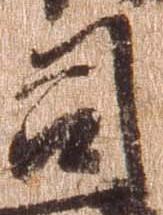
司